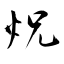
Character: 炾